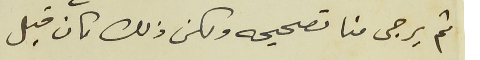
ثم يرجى منا تصحيحه ولكن ذلك كان قبل